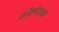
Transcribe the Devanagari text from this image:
शैलेयम्